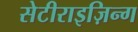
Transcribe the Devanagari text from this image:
सेटीराइज़िन्ग